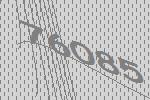
76085